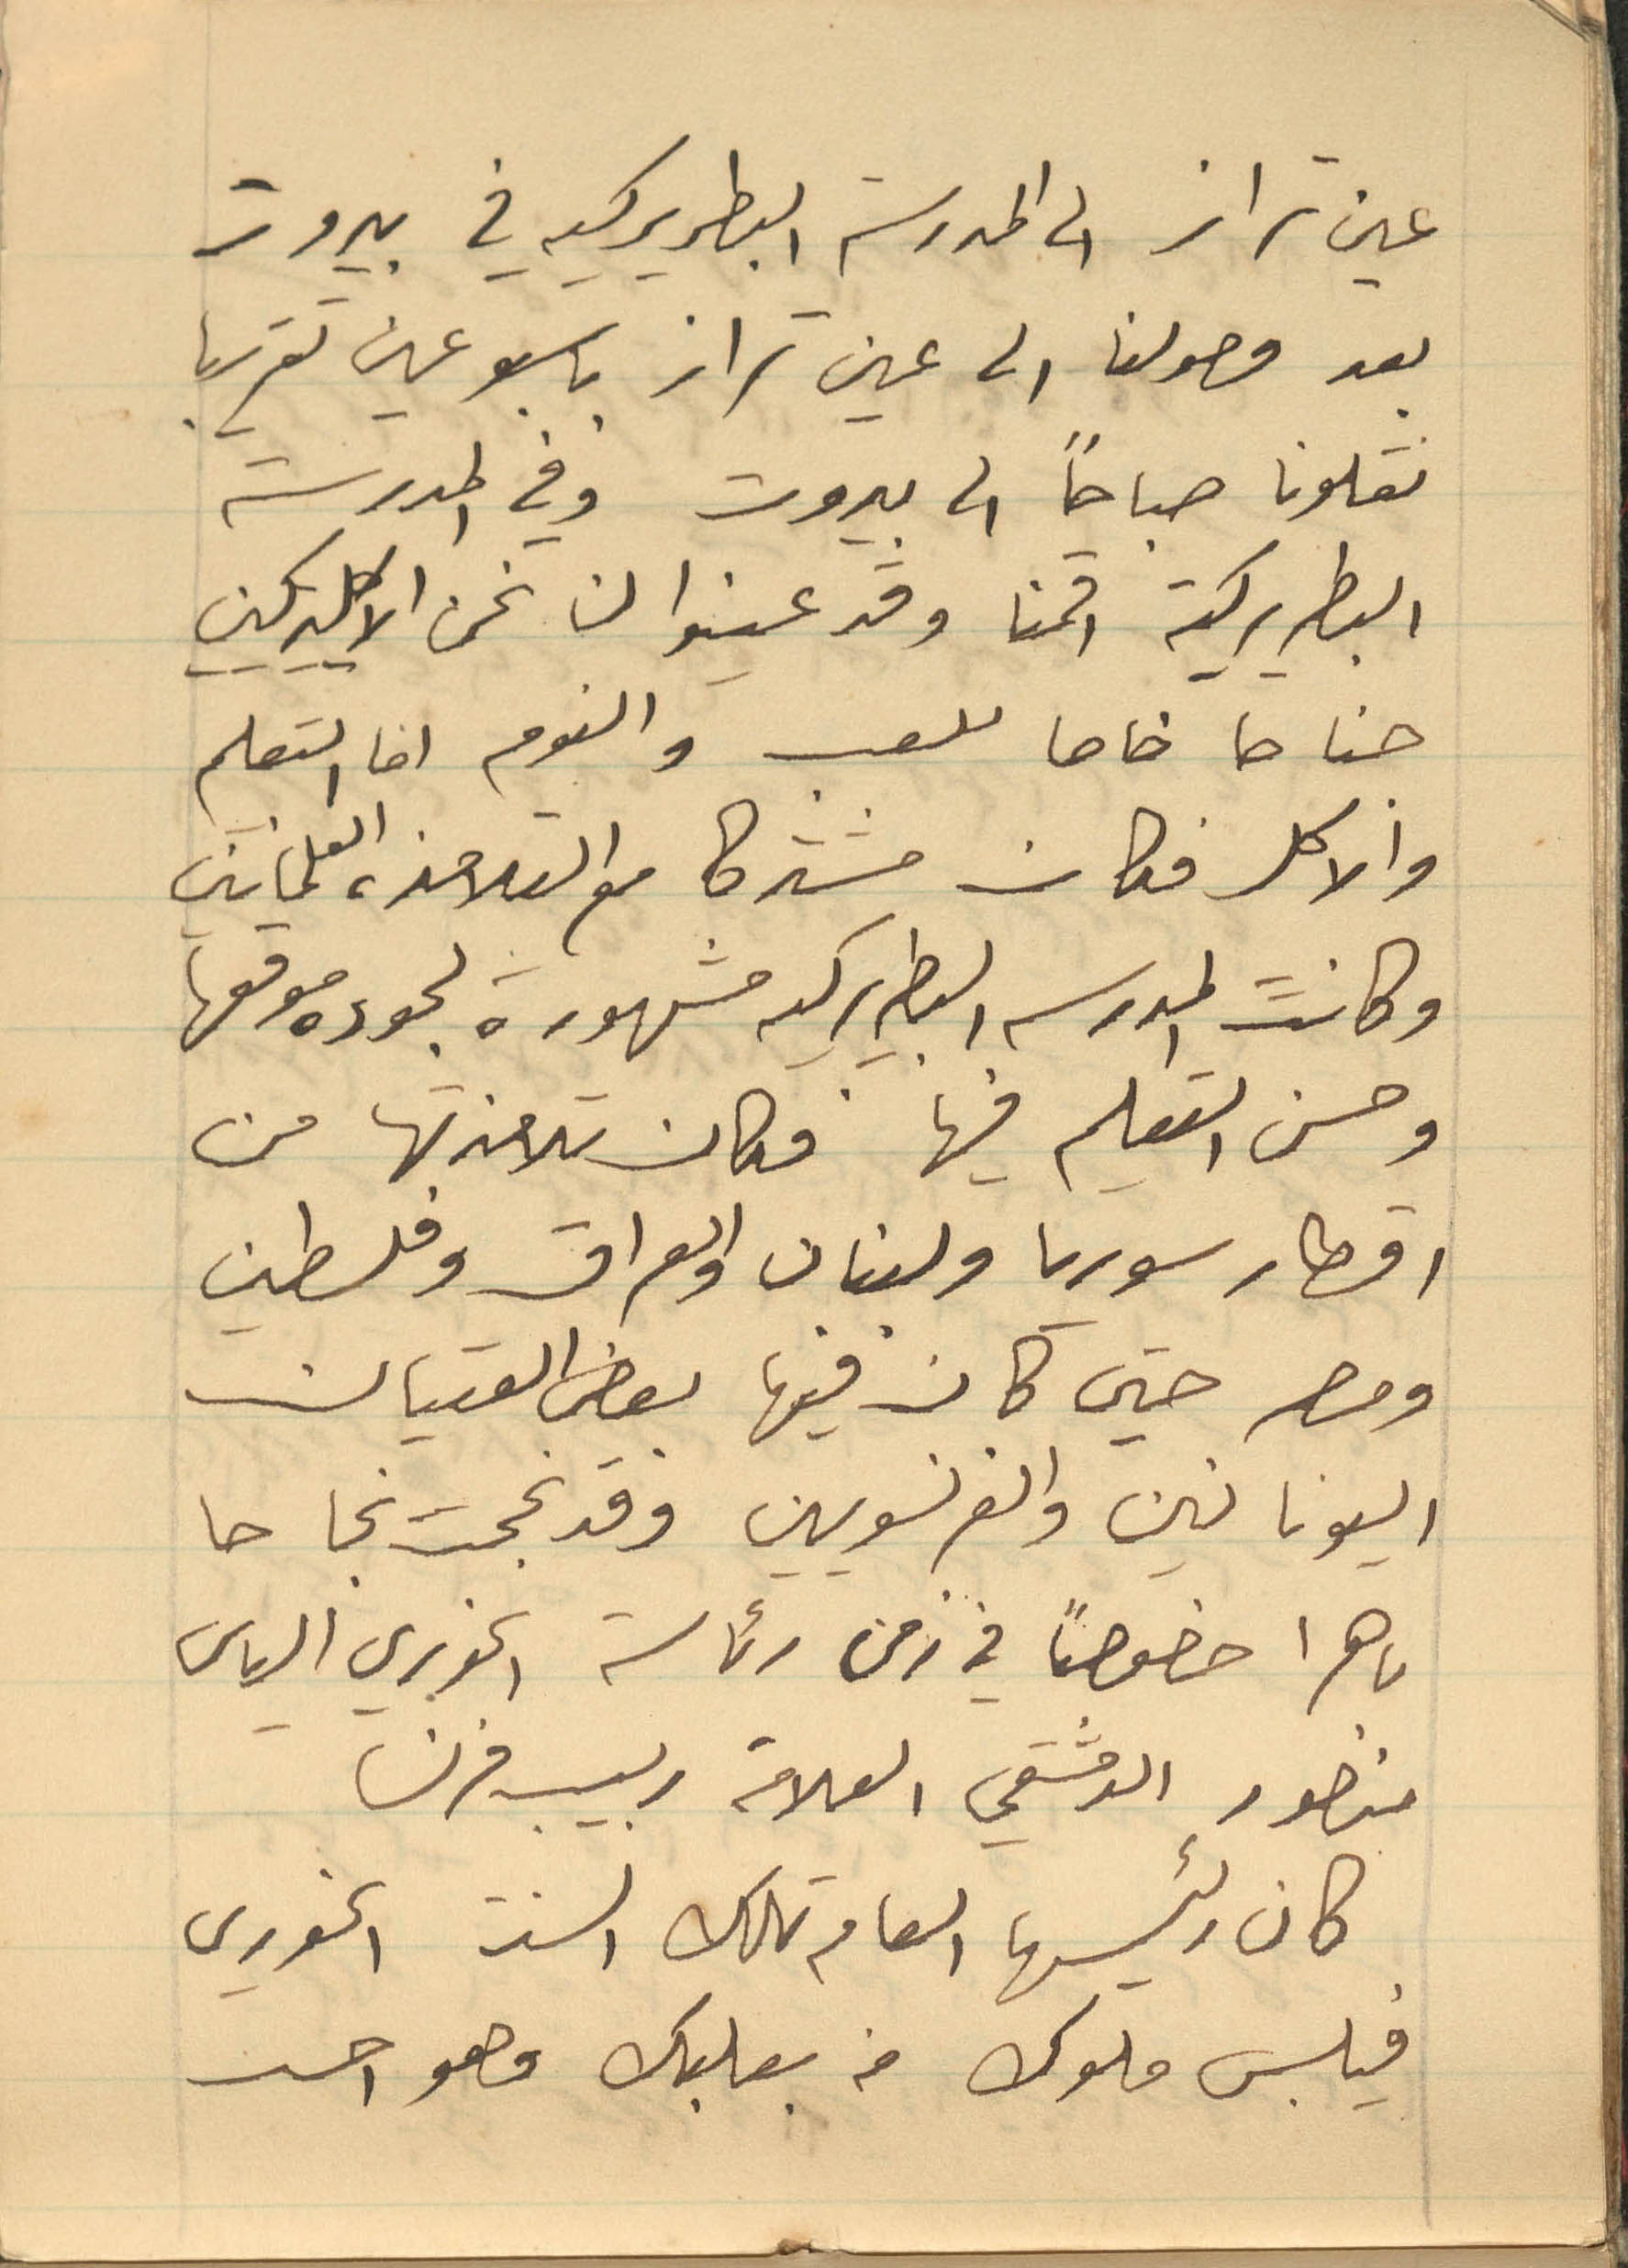
عين تراز الى المدرسة البطريركية في بيروت
بعد وصولنا الى عين تراز باسبوعين تقريبا
نقلونا صباحًا الى بيروت وفي المدرسة
البطريركية اقمنا وقد عينوا لنا نحن الاكليريكيين
جناحا خاصا للعب والنوم اما التعليم
والاكل فكان مشتركا مع التلامذه العلمانين
وكانت المدرسة البطريركية مشهورة لجوده موقعها
وحسن التعليم فيها فكان تلامذتها من
اقطار سوريا ولبنان والعراق وفلسطين
ومصر حين كان فيها بعض الفتيان
اليونانين والفرنسويين وقد نجحت نجاحا
باهرا خصوصًا في زمن رئاسة الخوري الياس
منصور الدمشقي العلامة ربيب فرنسا
كان رئيسها العام تلك السنة الخوري
فيلبس ملوك من بعلبك وهو احسن